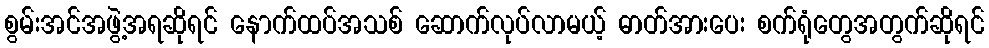
စွမ်းအင်အဖွဲ့အရဆိုရင် နောက်ထပ်အသစ် ဆောက်လုပ်လာမယ့် ဓာတ်အားပေး စက်ရုံတွေအတွက်ဆိုရင်